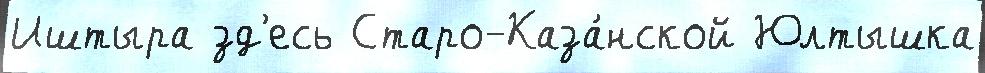
Иштыра зд'есь Старо-Каза́нской Юлтышка